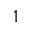
1